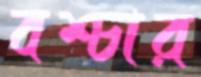
বশ্চার